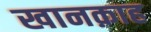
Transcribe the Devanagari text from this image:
खानक़ाह